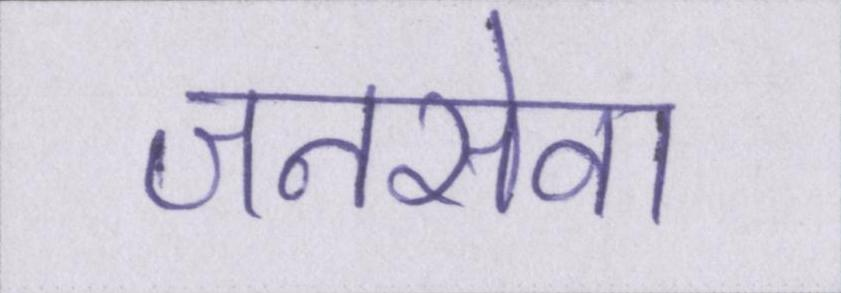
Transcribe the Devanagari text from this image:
जनसेवा